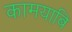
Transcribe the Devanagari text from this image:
कामयाबि